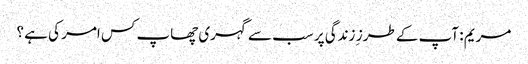
مریم : آپ کے طرز ِ زندگی پر سب سے گہری چھاپ کس امر کی ہے ؟